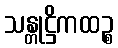
သန္တုဋ္ဌိကထဉ္စ